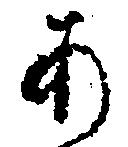
あ